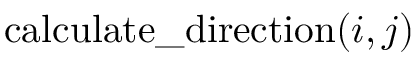
\mathrm { c a l c u l a t e \_ d i r e c t i o n } ( i , j )